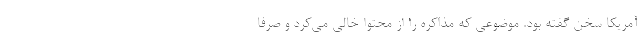
آمریکا سخن گفته بود. موضوعی که مذاکره را از محتوا خالی می‌کرد و صرفاً